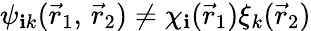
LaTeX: \psi_{\mathbf{i}k}({\vec{{r}}}_{1},\, {\vec{{r}}}_{2})\neq\chi_{\mathbf{i}}({\vec{{r}}}_{1})\xi_{k}({\vec{{r}}}_{2})